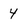
Character: 4